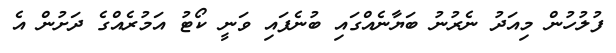
ފުލުހުން މިއަދު ނެރުނު ބަޔާނެއްގައި ބުނެފައި ވަނީ ކޯޓު އަމުރެއްގެ ދަށުން އެ